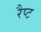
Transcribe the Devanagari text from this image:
रैप्ट